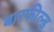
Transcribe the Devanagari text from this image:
बारफील्ड